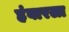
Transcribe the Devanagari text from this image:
हंबारला